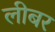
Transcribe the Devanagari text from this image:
लीबर